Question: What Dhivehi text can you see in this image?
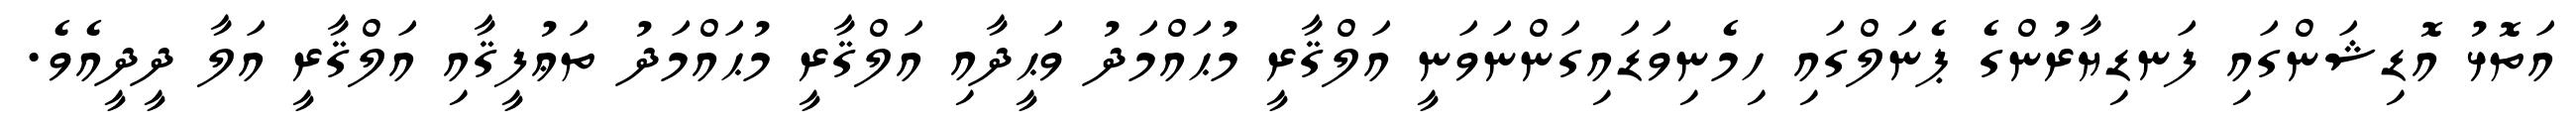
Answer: އަތޮޅު އޮޑިޝަންގައި ފަނޑިޔާރުންގެ ޕެނަލްގައި ހިމެނިވަޑައިގަންނަވަނީ އަލްޤާރީ މުޙައްމަދު ވަޙީދާއި އަލްޤާރީ މުޙައްމަދު ތަޢުފީޤާއި އަލްޤާރީ އަލާ ދީދީއެވެ.